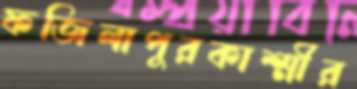
ফজিলাপুরকাশ্মীর